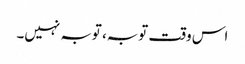
اس وقت توبہ، توبہ نہیں۔